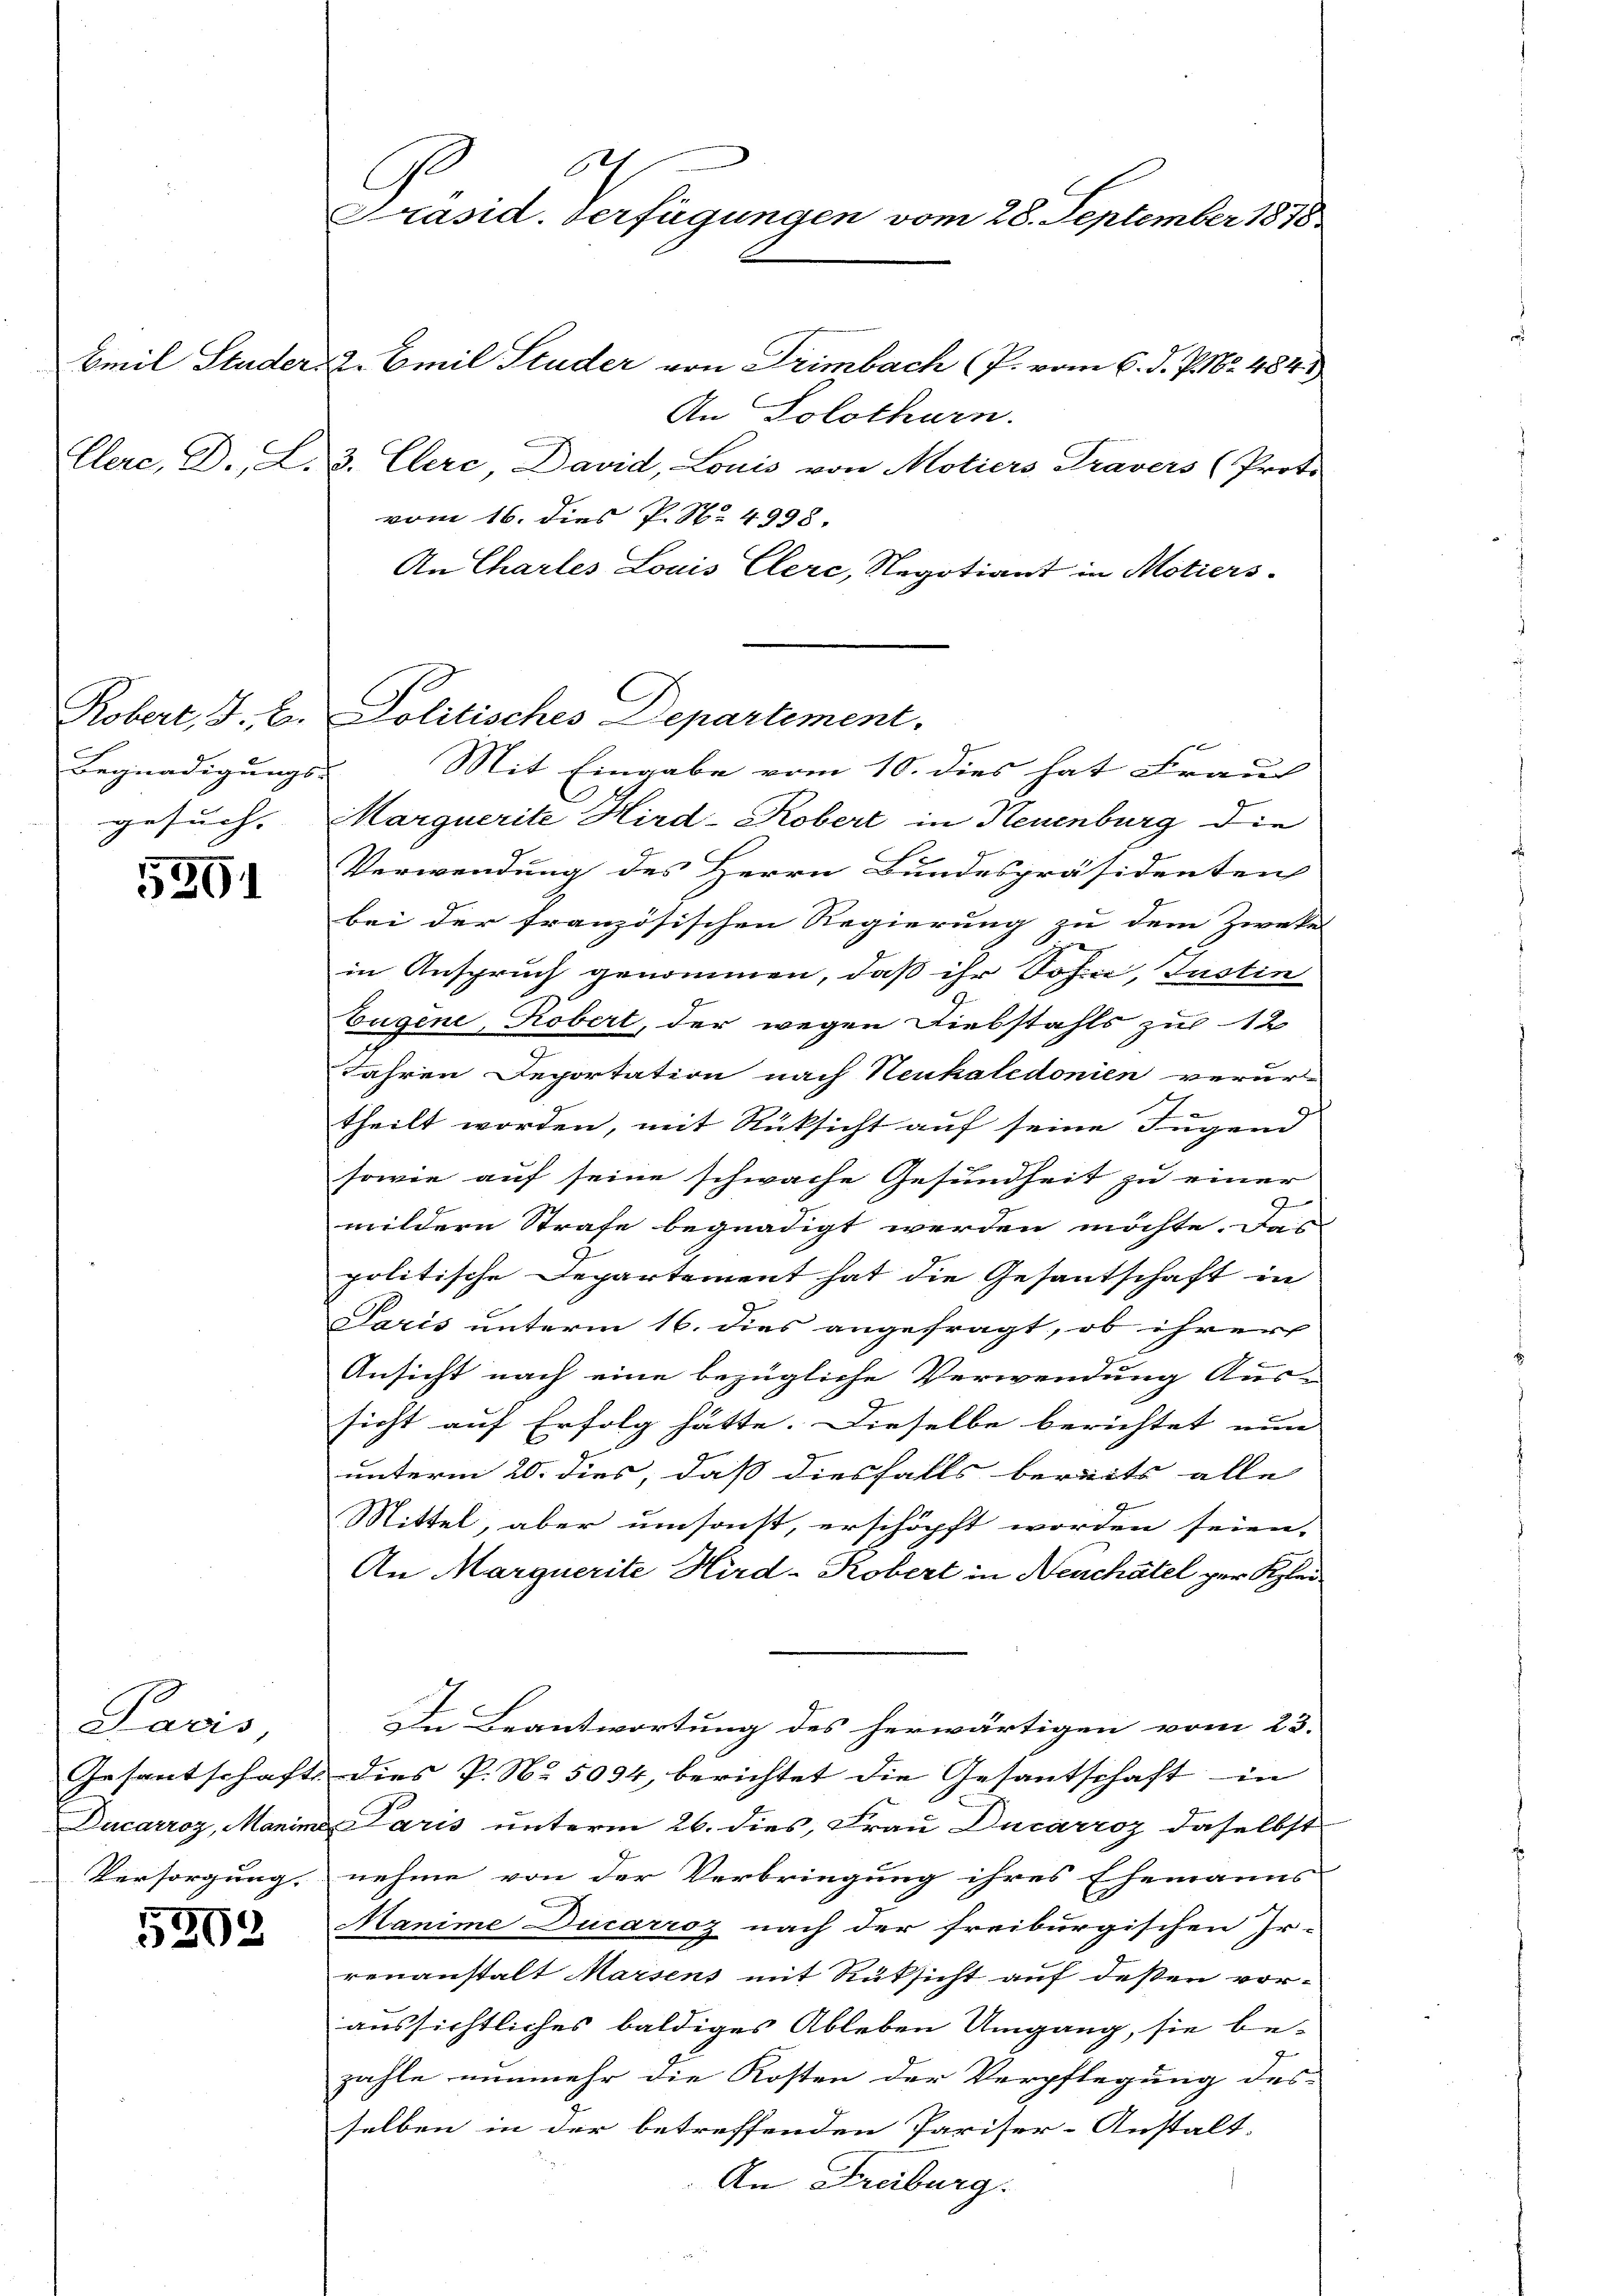
Begnadigungs-
gesucht |

5291

Paris,

5293

A
C
Präsid. Verfügungen vom 28. September 1878

Emil Studer 2. Emil Studer von Trimbach (P. vom 6. d. P. Nr. 484
An Solothurn.
Clerc, D., L. 3. Ehere David, Louis von Motiers Travers (Proto
vom 16. dies P. No. 4998.
An Chartes Louis Clere, Regotiant in Motiers.
Marquerite Hird-Kobert in Neuenburg die
Verwendung des Herrn Bundespräsidenten
bei der französischen Regierung zu dem Zweke
in Anspruch genommen, daß ihr Sohn, Justin
Eugene, Robert, der wegen Diebstahls zu 12
Jahren Deportation nach Neukaledonien verur-
e
theilt worden, mit Rücksicht auf seine Fugend
sowie auf seine schwache Gesundheit zu einer
9
mildern Strafe begnadigt werden möchte. Das
politische Departement hat die Gesantschaft in
Paris unterm 16. dies angefragt, ob ihrer
Ansicht nach eine bezügliche Verwendung Aus-
sicht auf Erfolg hätte. Dieselbe berichtet nun
unterm 20. dies, dass diesfalls bereits alle |
Mittel, aber umsonst, erschöpft worden seien.
An Marguerite Hird-Kobert in Neuchâtel zur Klei¬
In Beantwortung des herwärtigen vom 23.
Gesantschaft. Dies P. Nr. 5034, berichtet die Gesantschaft in
Ducarroz, Manime Paris unterm 26. dies, Frau Ducarroz daselbst
Versorgung nehme von der Verbringung ihres Ehemanns-
Manime Ducarroz nach der freiburgischen Ir-
renanstalt Marsens mit Rüksicht auf deßen voraussichtliches baldiges Ableben Umgang, sie be-
zahle nunmehr die Kosten der Verpflegung des
selben in der betreffenden Pariser-Anstalt.
An Freiburg.

Kobert, I. E. Politisches Departement.
Mit Eingabe vom 10. dies hat Frau